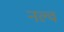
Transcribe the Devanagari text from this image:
नल्व